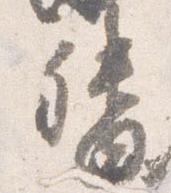
督